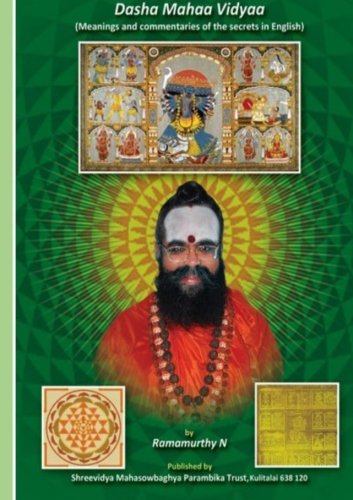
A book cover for Dasha Mahaa Vidyaa: Ten Cosmic forms of the Divine Mother; Mr. Ramamurthy Natarajan; Religion & Spirituality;